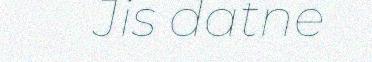
Jis datne